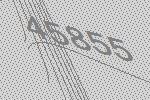
45855